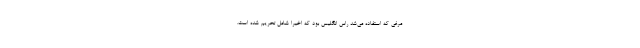
مرغی که استفاده می‌شد راس انگلیس بود که اخیراً شامل تحریم شده است.